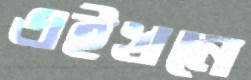
এইখনে